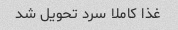
غذا کاملا سرد تحویل شد